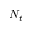
N _ { t }